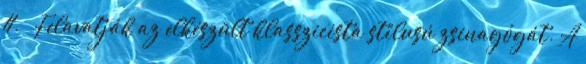
11. – Felavatják az elkészült klasszicista stílusú zsinagógát. A